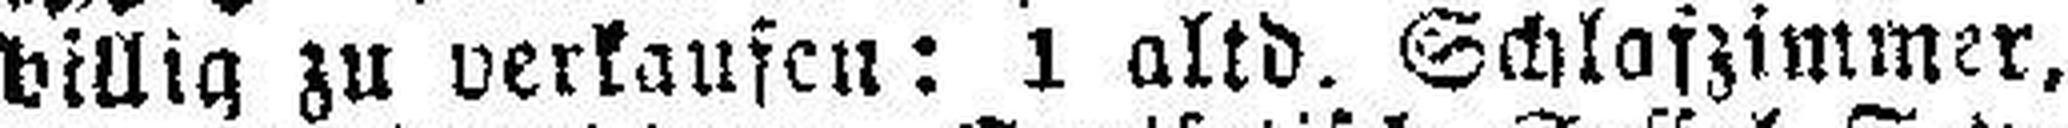
billig zu verkaufen: 1 altd. Schlafzimmer,